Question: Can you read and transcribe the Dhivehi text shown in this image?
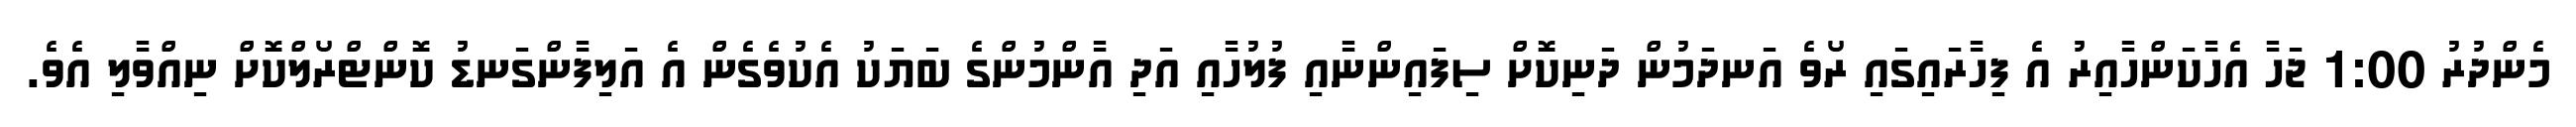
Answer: މެންދުރު 1:00 ޖަހާ އެހާކަންހާއިރު އެ ފިހާރައިގައި ރޯވެ އަނދަމުން ދަނިކޮށް ސިފައިންނާއި ފުލުހާއި އަދި އާންމުންގެ ބަޔަކު އެކުވެގެން އެ އަލިފާންގަނޑު ކޮންޓްރޯލްކޮށް ނިއްވާލި އެވެ.